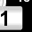
Digit: 1